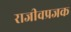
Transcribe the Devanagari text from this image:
राजीवप्रजक